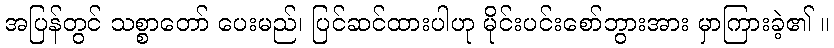
အပြန်တွင် သစ္စာတော် ပေးမည်၊ ပြင်ဆင်ထားပါဟု မိုင်းပင်းစော်ဘွားအား မှာကြားခဲ့၏ ။